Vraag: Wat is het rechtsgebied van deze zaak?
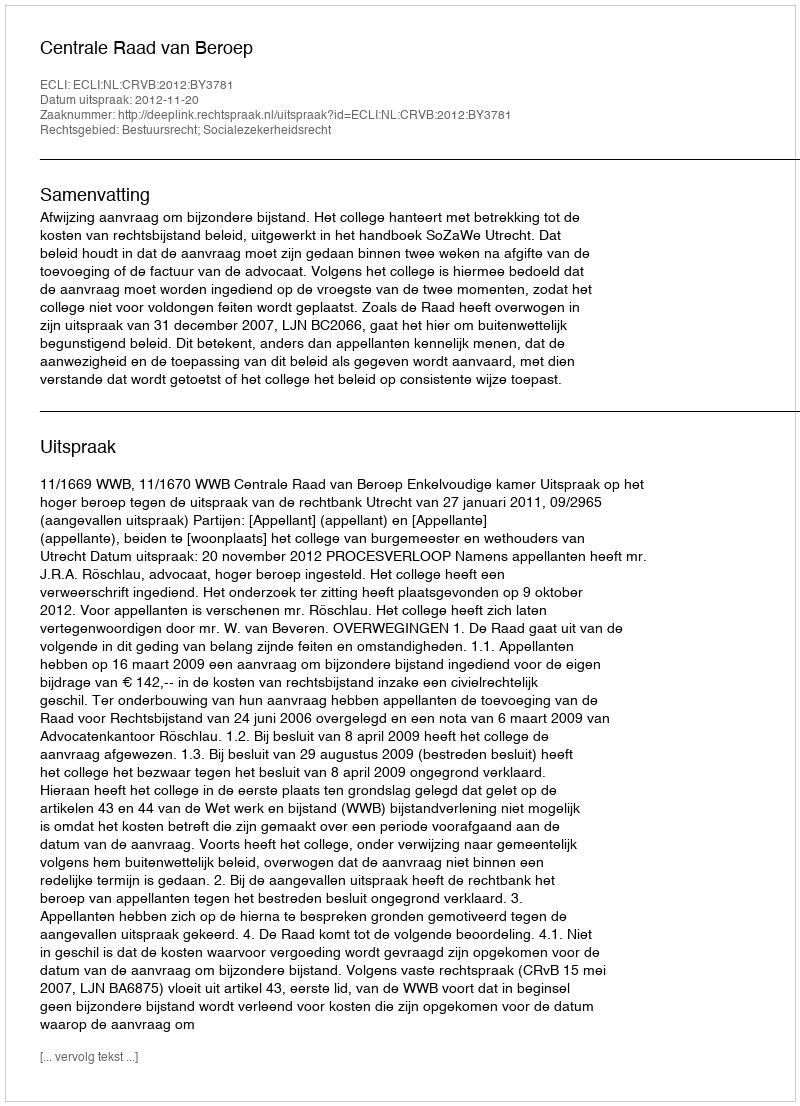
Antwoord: Bestuursrecht; Socialezekerheidsrecht